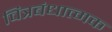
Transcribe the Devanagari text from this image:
चित्रबंधात्मक